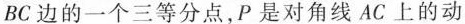
BC边的一个三等分点，P是对角线AC上的动